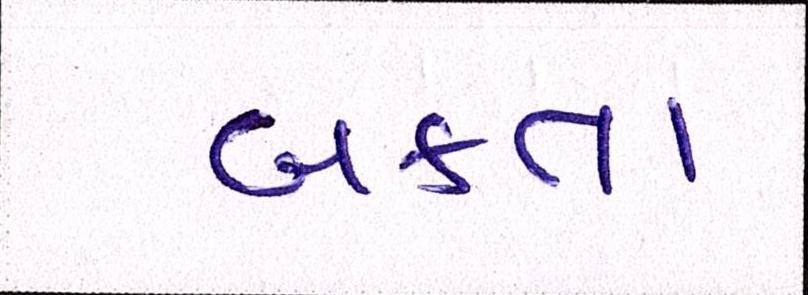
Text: બક્તા